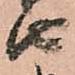
由